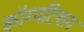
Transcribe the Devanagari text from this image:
कॉम्पटिशन